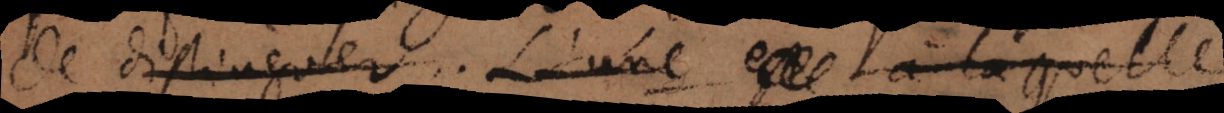
de distinguer. L’une est à laquelle